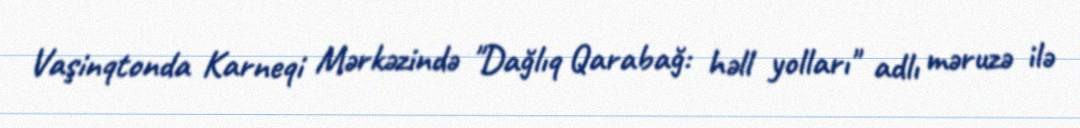
Vaşinqtonda Karneqi Mərkəzində "Dağlıq Qarabağ: həll yolları" adlı məruzə ilə